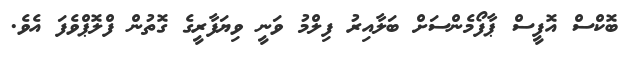
ބޮކްސް އޮފީސް ޕާފޯމެންސަށް ބަލާއިރު ފިލްމު ވަނީ ވިޔަފާރީގެ ގޮތުން ފްލޮޕްވެފަ އެވެ.